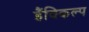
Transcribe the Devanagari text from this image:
हैंविकल्प